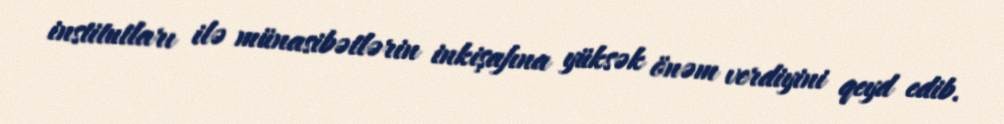
institutları ilə münasibətlərin inkişafına yüksək önəm verdiyini qeyd edib.